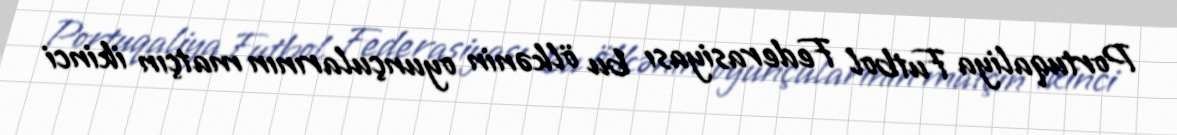
Portuqaliya Futbol Federasiyası bu ölkənin oyunçularının matçın ikinci